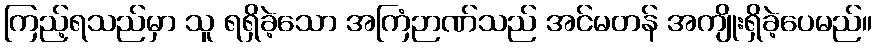
ကြည့်ရသည်မှာ သူ ရရှိခဲ့သော အကြံဉာဏ်သည် အင်မတန် အကျိုးရှိခဲ့ပေမည်။